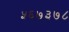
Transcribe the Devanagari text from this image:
५६७३७८